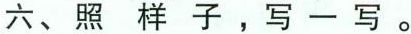
六、照样子，写一写。